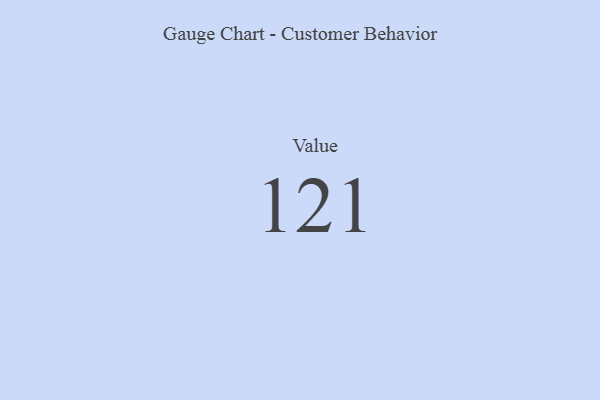
{"axis": {"x": "Metric", "y": "Value"}, "legend": [""], "data": [{"x": "Value", "y": 121, "type": ""}]}